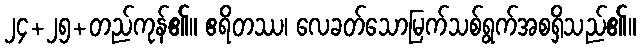
၂၄+၂၅+တည်ကုန်၏။ ဧရိတဿ၊ လေခတ်သောမြက်သစ်ရွက်အစရှိသည်၏။